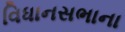
વિધાનસભાના